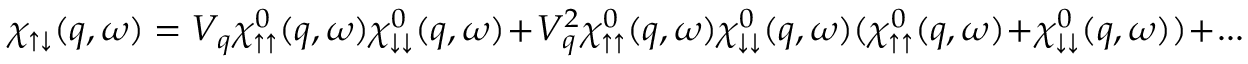
\chi _ { \uparrow \downarrow } ( q , \omega ) = V _ { q } \chi _ { \uparrow \uparrow } ^ { 0 } ( q , \omega ) \chi _ { \downarrow \downarrow } ^ { 0 } ( q , \omega ) + V _ { q } ^ { 2 } \chi _ { \uparrow \uparrow } ^ { 0 } ( q , \omega ) \chi _ { \downarrow \downarrow } ^ { 0 } ( q , \omega ) ( \chi _ { \uparrow \uparrow } ^ { 0 } ( q , \omega ) + \chi _ { \downarrow \downarrow } ^ { 0 } ( q , \omega ) ) + . . .